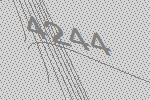
4244